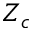
Z _ { c }